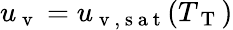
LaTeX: u_{\mathrm{~v~}}=u_{\mathrm{~v~,~s~a~t~}}(T_{\mathrm{~T~}})